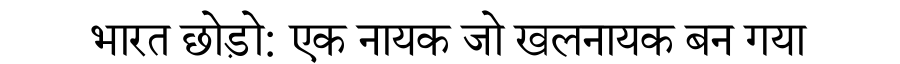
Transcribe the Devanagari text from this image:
भारत छोड़ो: एक नायक जो खलनायक बन गया